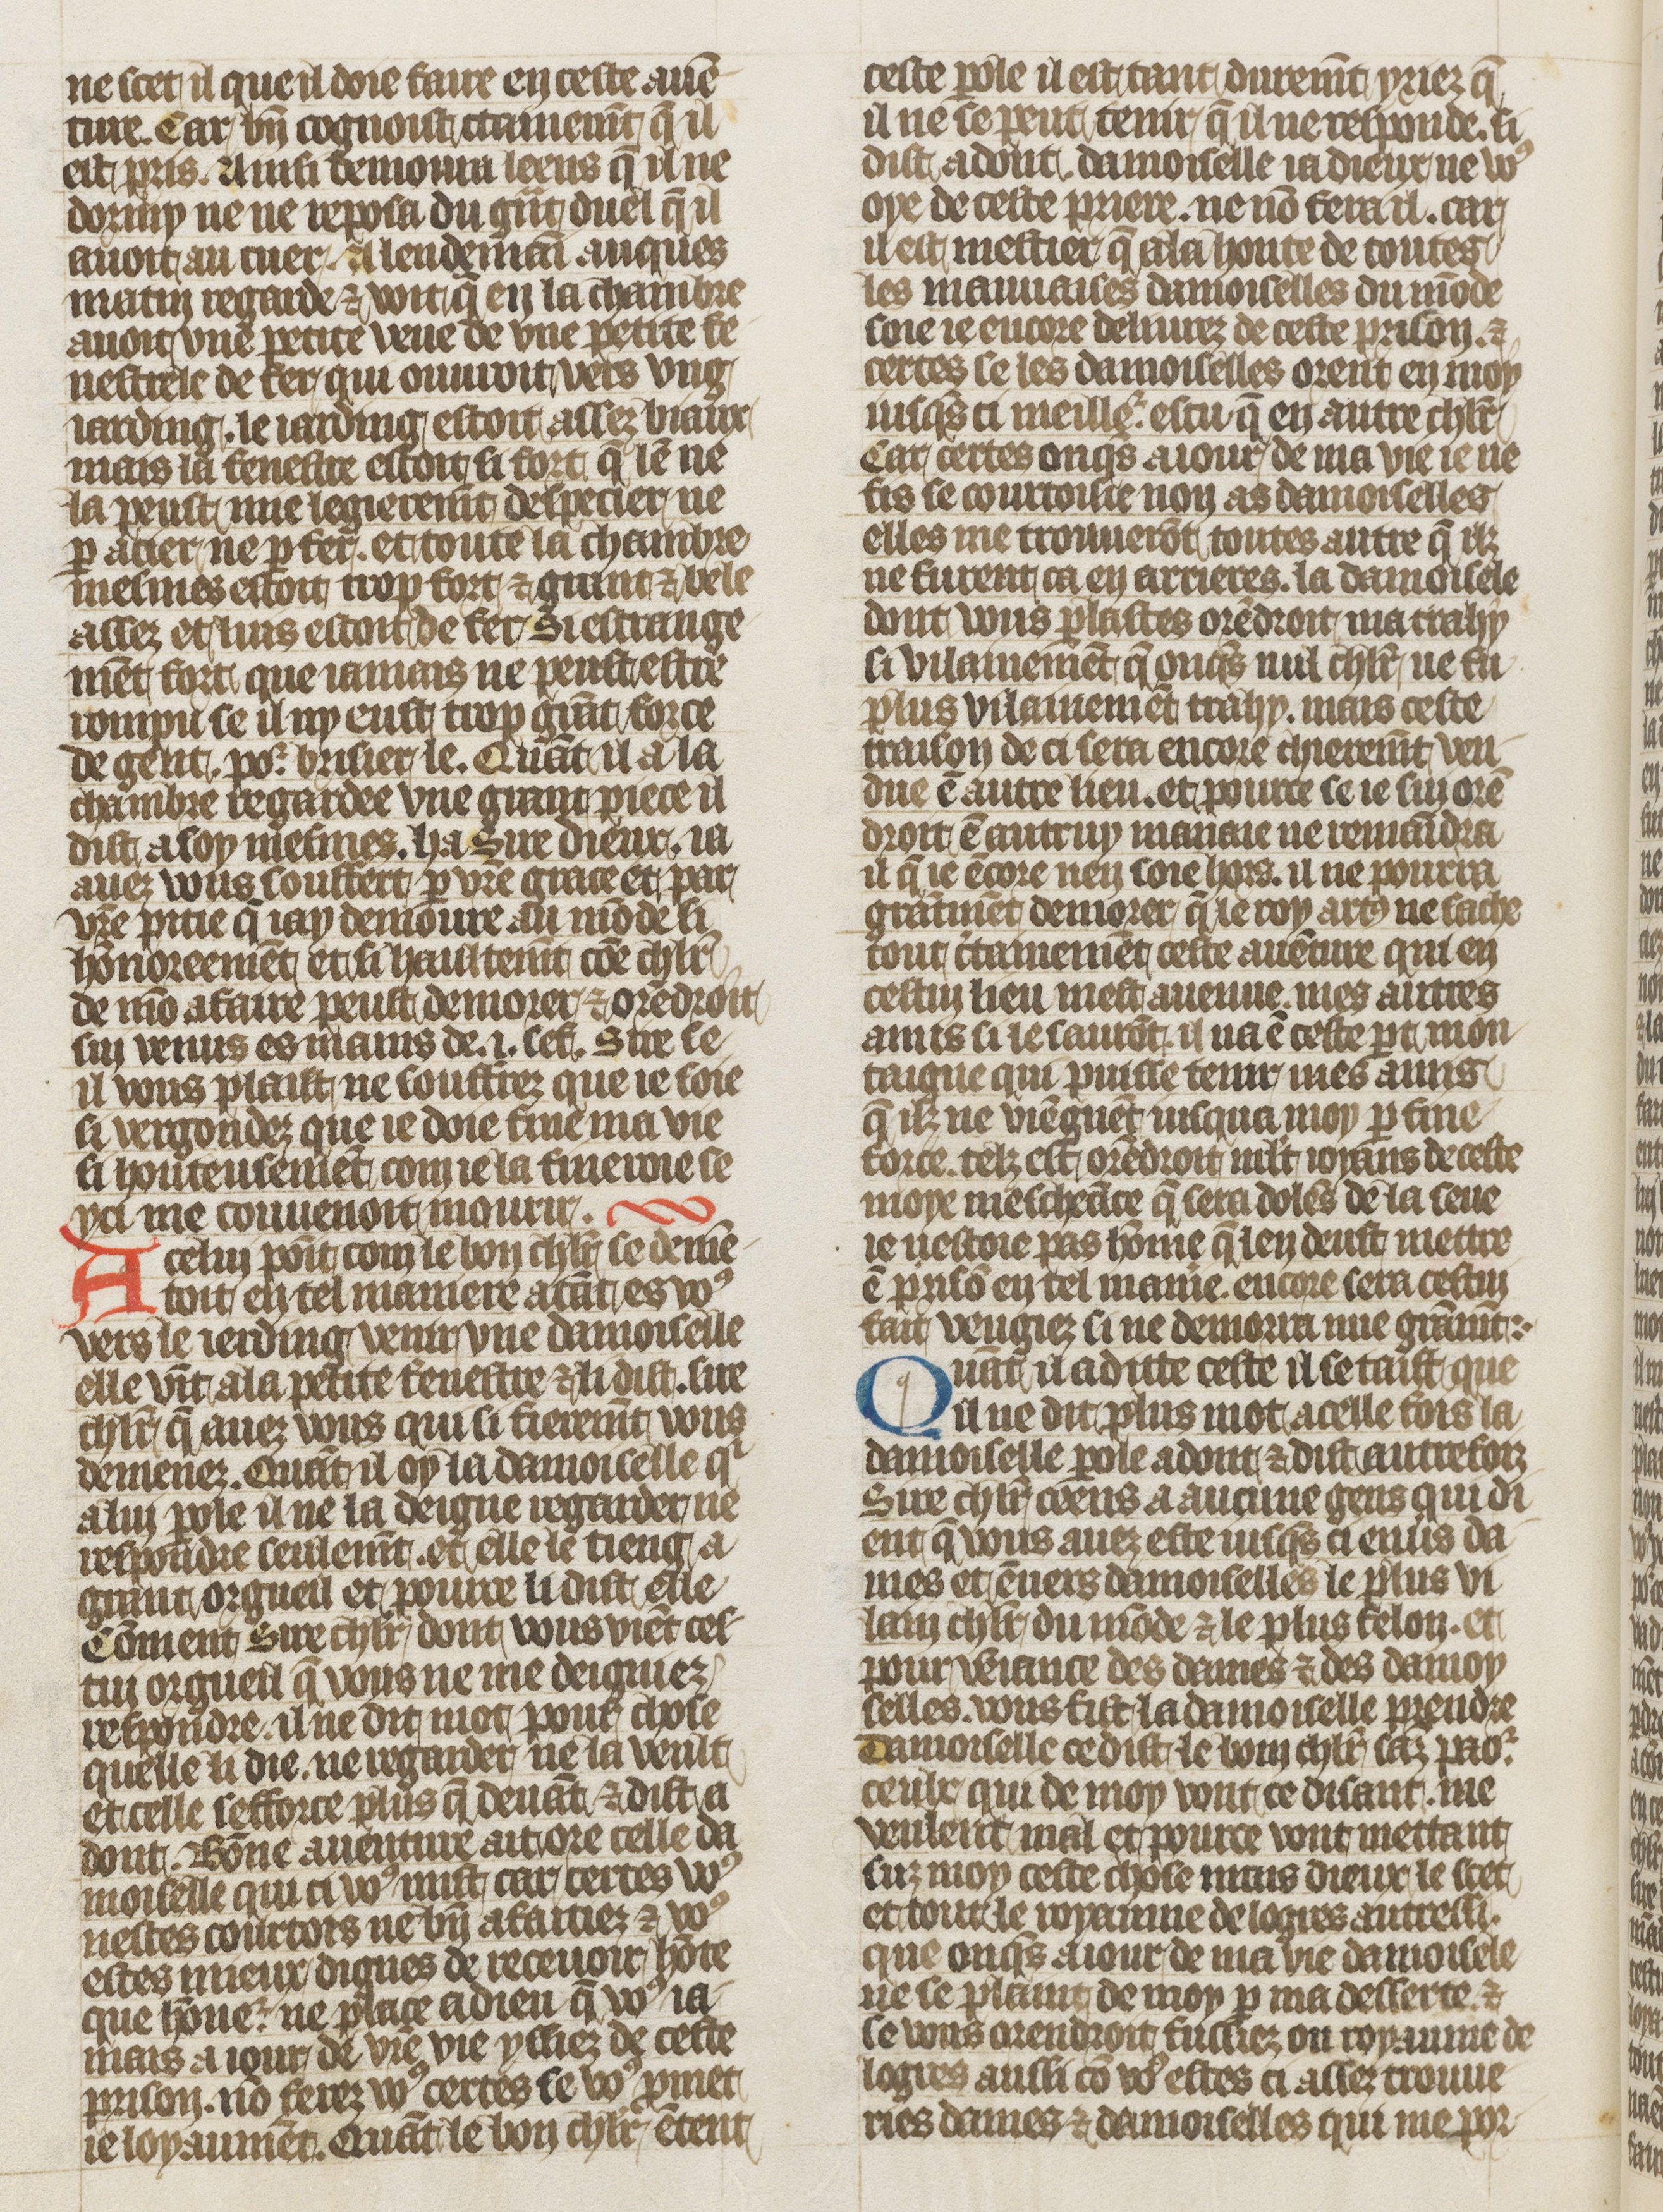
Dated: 1410–1430